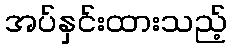
အပ်နှင်းထားသည့်